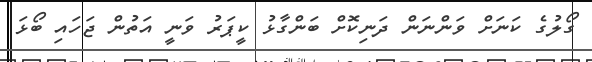
ގޯލުގެ ކަނަށް ވަންނަން ދަނިކޮށް ބަންގާޅު ކީޕަރު ވަނީ އަތުން ޖަހައި ބޯޅަ